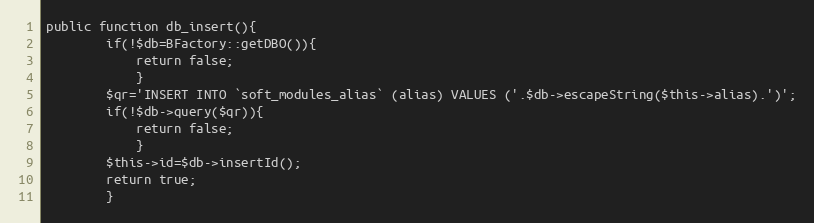
Language: PHP
public function db_insert(){
		if(!$db=BFactory::getDBO()){
			return false;
			}
		$qr='INSERT INTO `soft_modules_alias` (alias) VALUES ('.$db->escapeString($this->alias).')';
		if(!$db->query($qr)){
			return false;
			}
		$this->id=$db->insertId();
		return true;
		}